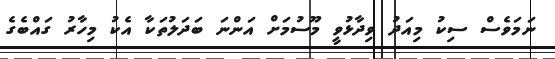
ނަމަވެސް ސިކު މިއަދު ވިދާޅުވީ މޫސުމަށް އަންނަ ބަދަލުތަކާ އެކު މިހާރު ގައްބެގެ